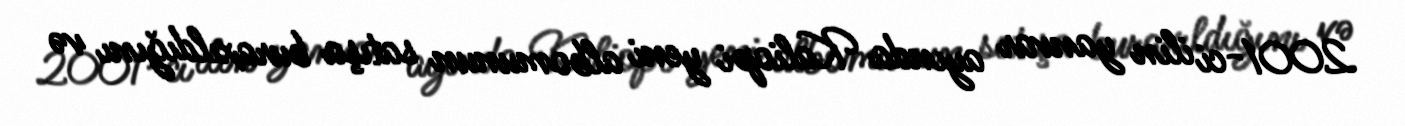
2001-ci ilin yanvar ayında Kaliopi yeni albomunun satışa buraxıldığını və